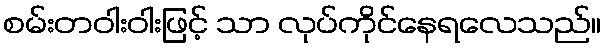
စမ်းတဝါးဝါးဖြင့် သာ လုပ်ကိုင်နေရလေသည်။